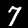
Label: 7